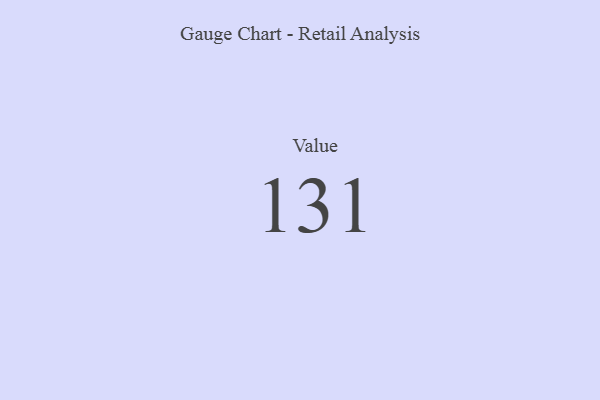
{"axis": {"x": "Metric", "y": "Value"}, "legend": [""], "data": [{"x": "Value", "y": 131, "type": ""}]}